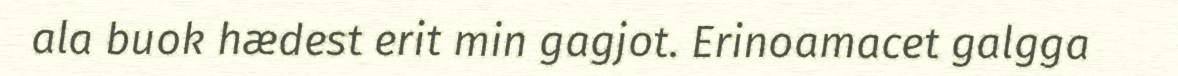
ala buok hædest erit min gagjot. Erinoamacet galgga